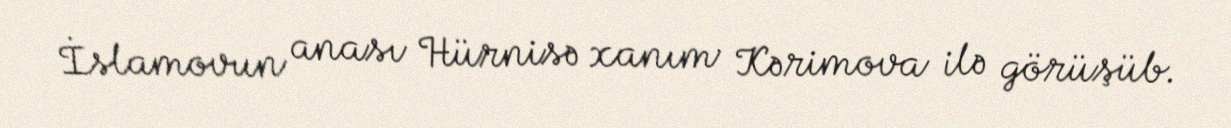
İslamovun anası Hürnisə xanım Kərimova ilə görüşüb.